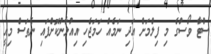
ސްޓާ ވޯސްގެ މި ފިލްމަށް އަދި ނަމެއް ހަމަޖެހި އިއުލާނުކޮށްފައި ނެތަސް މިއީ